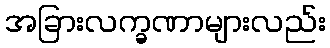
အခြားလက္ခဏာများလည်း